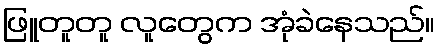
ဖြူတူတူ လူတွေက အုံခဲနေသည်။